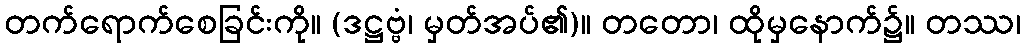
တက်ရောက်စေခြင်းကို။ (ဒဋ္ဌဗ္ဗံ၊ မှတ်အပ်၏)။ တတော၊ ထိုမှနောက်၌။ တဿ၊